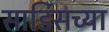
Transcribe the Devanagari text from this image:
सार्डिसच्या